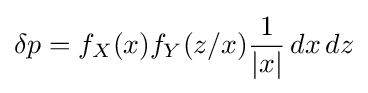
\delta p=f_{X}(x)f_{Y}(z/x){\frac {1}{|x|}}\,dx\,dz